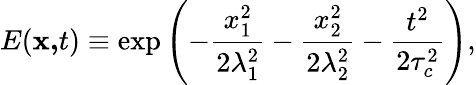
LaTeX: E(\mathbf{x,}t)\equiv\exp\left(-\frac{x_{1}^{2}}{2\lambda_{1}^{2}}-\frac{x_{2}^{2}}{2\lambda_{2}^{2}}-\frac{t^{2}}{2\tau_{c}^{2}}\right),